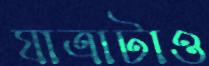
যাত্রাটাও